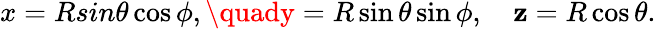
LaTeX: x=Rsin\theta\cos\phi,\quady=R\sin\theta\sin\phi,\quad\mathbf{z}=R\cos\theta.